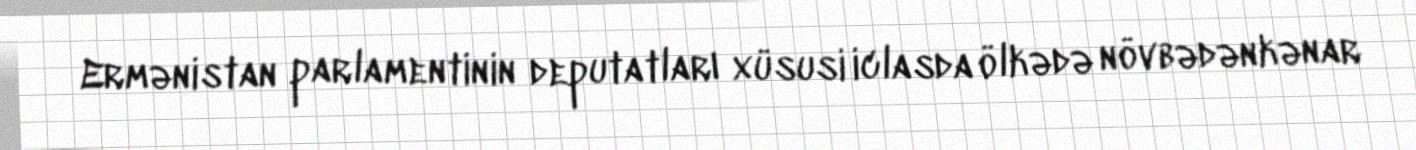
Ermənistan parlamentinin deputatları xüsusi iclasda ölkədə növbədənkənar